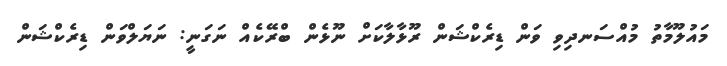
މައުލޫމާތު މުއްސަނދިވި ވަން ޑިރެކްޝަން ރޫޅާލާކަށް ނޫޅެން ބްރޭކެއް ނަގަނީ: ނަޔަލްވަން ޑިރެކްޝަން